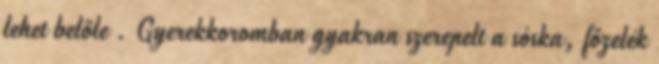
lehet belőle . Gyerekkoromban gyakran szerepelt a sóska, főzelék